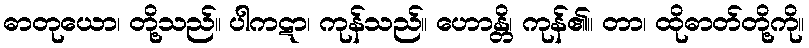
ဓာတုယော၊ တို့သည်။ ပါကဋာ၊ ကုန်သည်။ ဟောန္တိ၊ ကုန်၏။ တာ၊ ထိုဓာတ်တို့ကို။